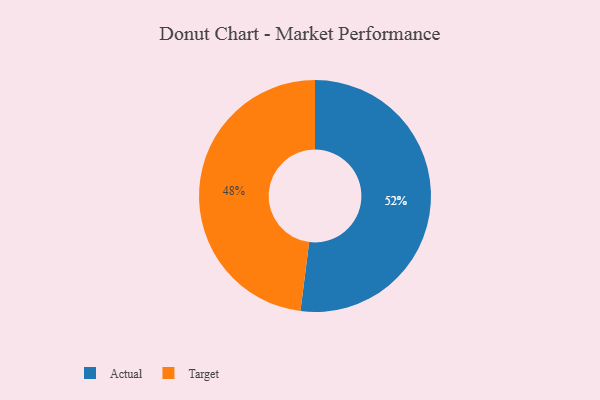
{"axis": {"x": "Category", "y": "Percentage"}, "legend": ["Actual", "Target"], "data": [{"x": "Target", "y": 48, "type": "Target"}, {"x": "Actual", "y": 52, "type": "Actual"}]}